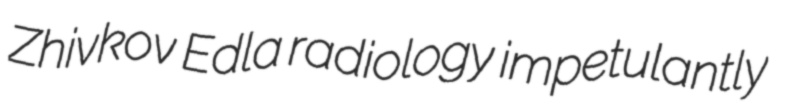
Zhivkov Edla radiology impetulantly